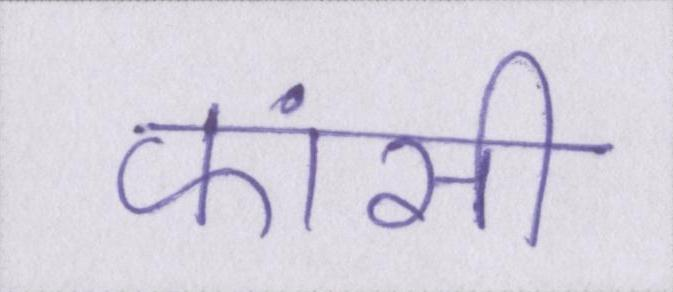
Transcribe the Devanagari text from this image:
फांसी